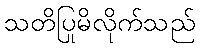
သတိပြုမိလိုက်သည်